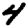
Digit: 4